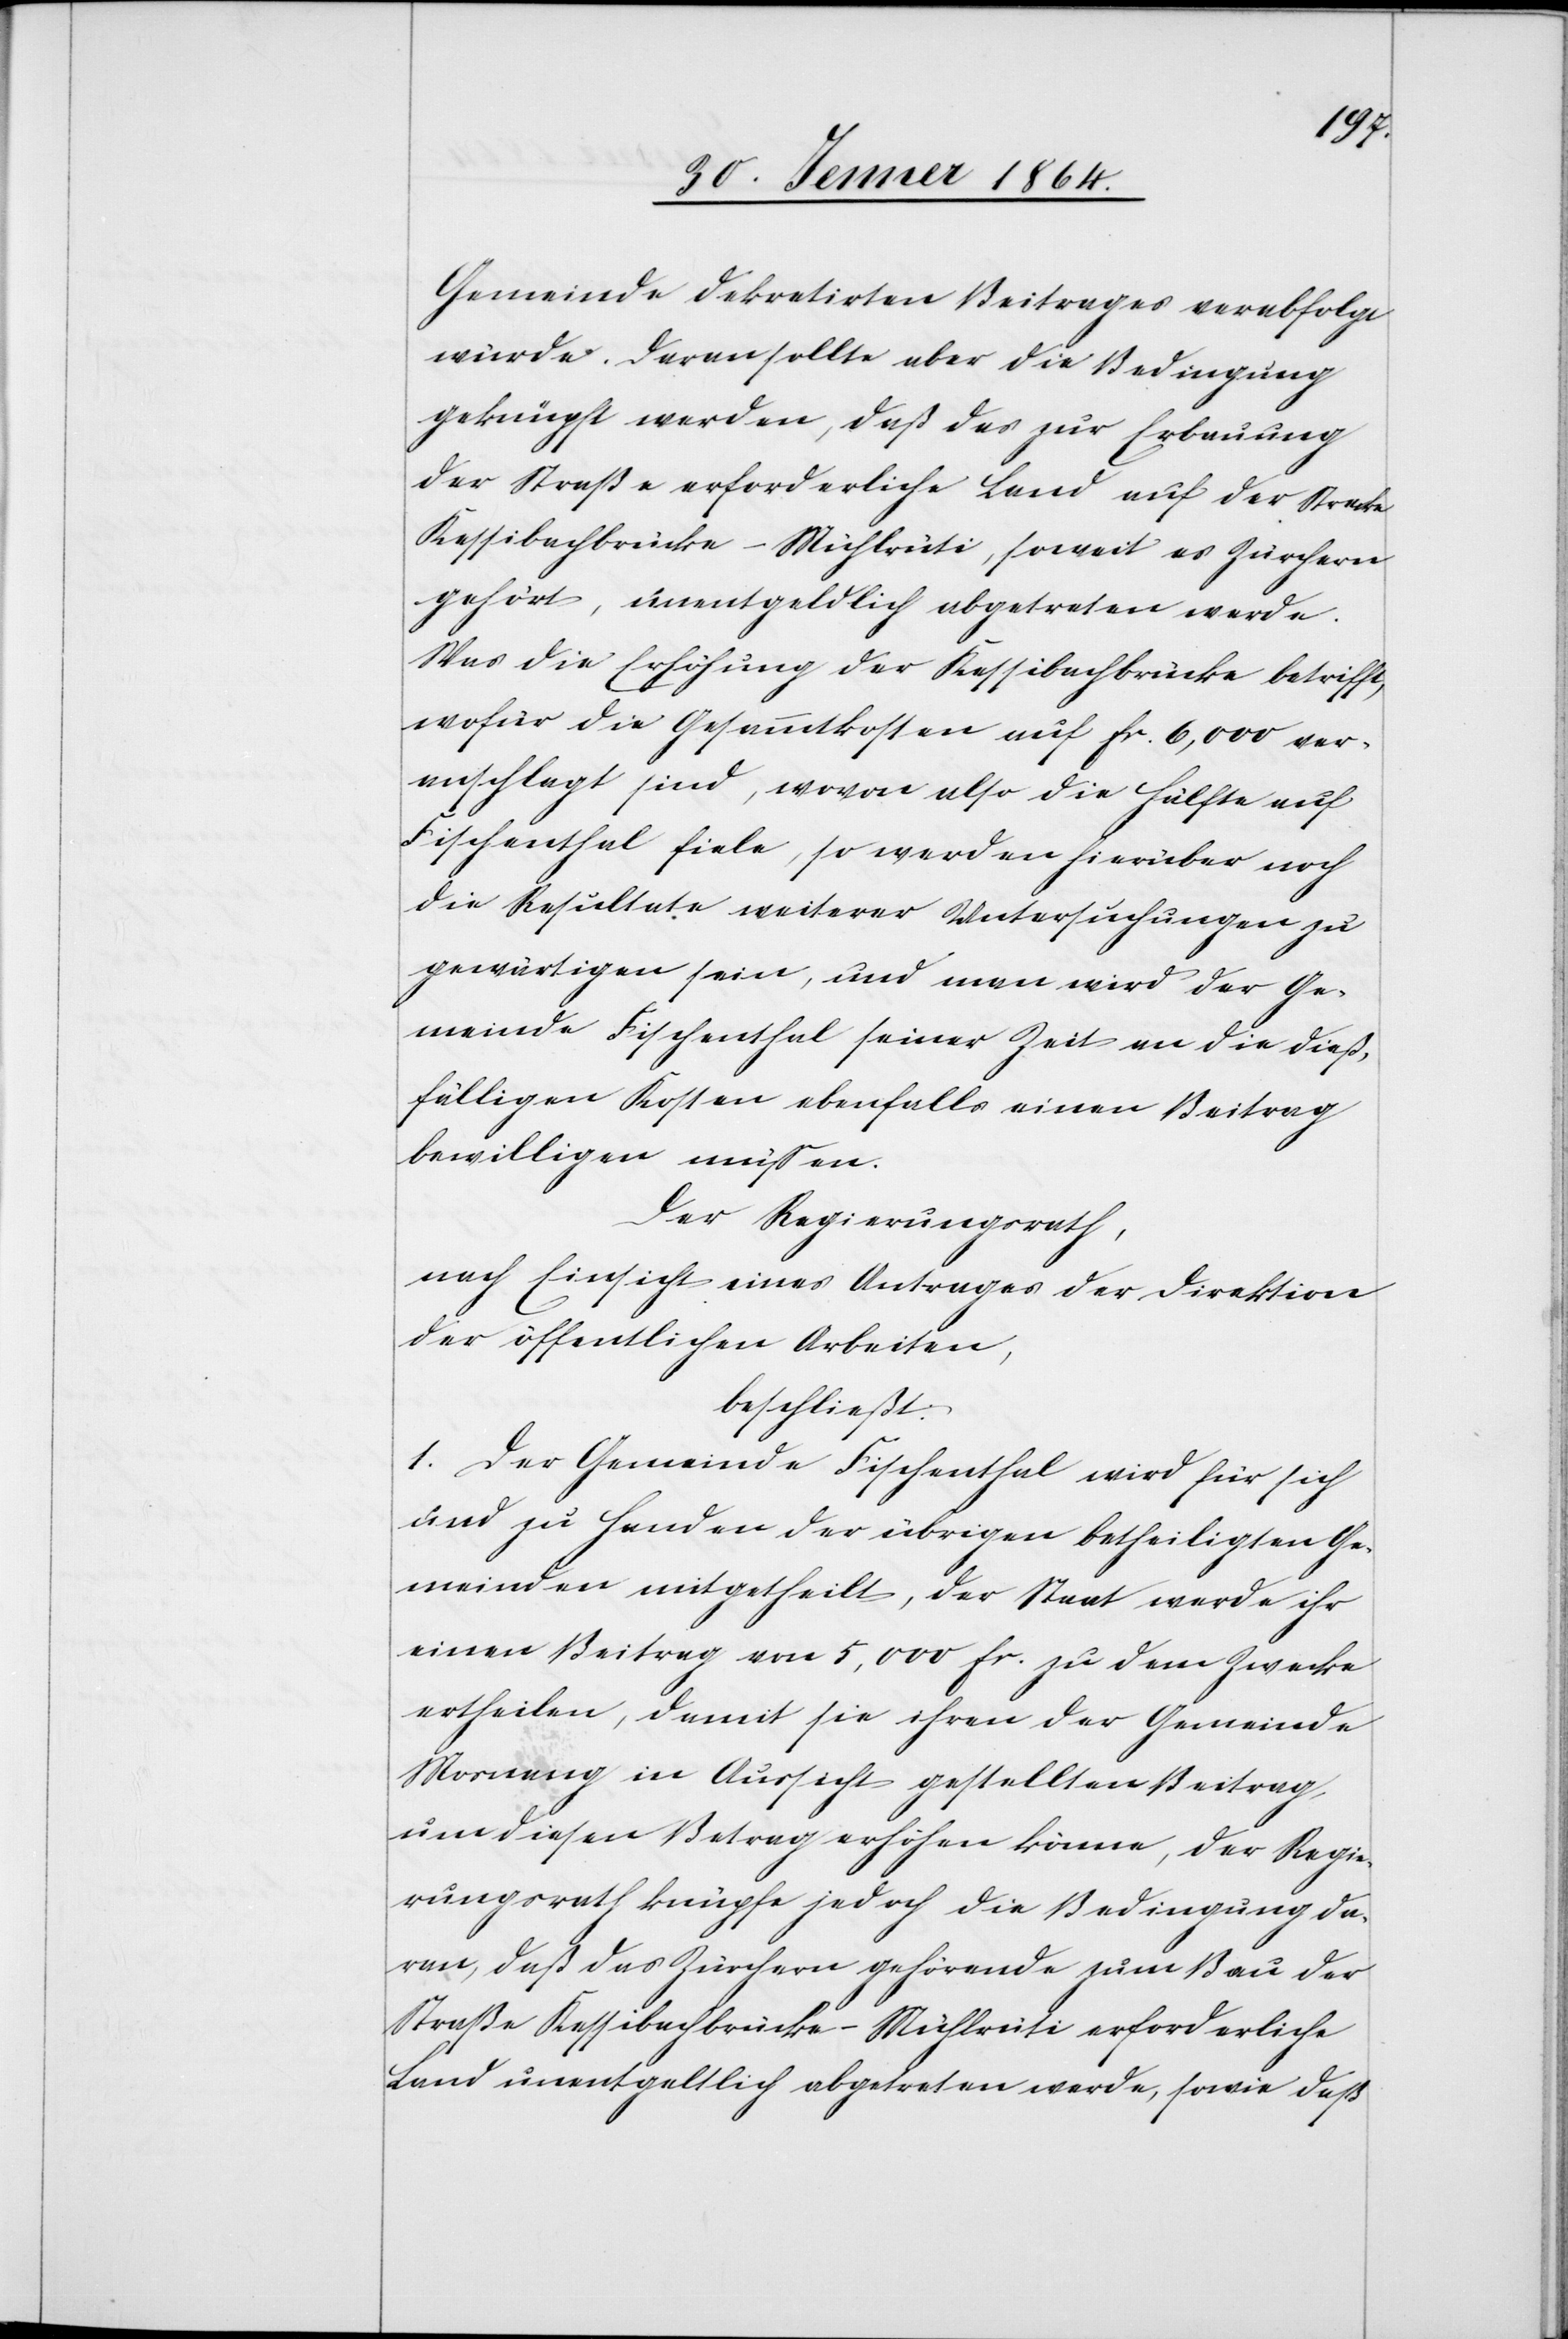
würde. Daran sollte aber die Bedingung
geknüpft werden, daß das zur Erbauung
der Straße erforderliche Land auf der Strecke
Kessibachbrücke–Mühlrüti, soweit es Zürchern
gehört, unentgeldlich abgetreten werde.
Was die Erhöhung der Kessibachbrücke betrifft,
wofür die Gesammtkosten auf fr. 6,000 ver¬
anschlagt sind, wovon also die Hälfte auf
Fischenthal fiele, so werden hierüber noch
die Resultate weiterer Untersuchungen zu
gewärtigen sein, und man wird der Ge¬
meinde Fischenthal seiner Zeit an die dieß¬
fälligen Kosten ebenfalls einen Beitrag
bewilligen müssen.
Der Regierungsrath,
nach Einsicht eines Antrages der Direktion
der öffentlichen Arbeiten,
beschließt:
1. Der Gemeinde Fischenthal wird für sich
und zu Handen der übrigen betheiligten Ge¬
meinden mitgetheilt, der Staat werde ihr
einen Beitrag von 5,000 fr. zu dem Zwecke
ertheilen, damit sie ihren der Gemeinde
Mosnang in Aussicht gestellten Beitrag,
um diesen Betrag erhöhen könne, der Regie¬
rungsrath knüpfe jedoch die Bedingung da¬
ran, daß das Zürchern gehörende zum Bau der
Straße Kessibachbrücke–Mühlrüti erforderliche
Land unentgeltlich abgetreten werde, sowie daß